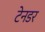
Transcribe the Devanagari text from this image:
टेनडर